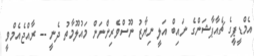
އެމްޑީޕީގެ ޗެއާޕާޝަންގެ ނައިބް އަލީ ނިޔާޒު ނޫސްވެރިންނަން މައުލޫމާތު ދެނީ -- ރާއްޖެއެމްވީ